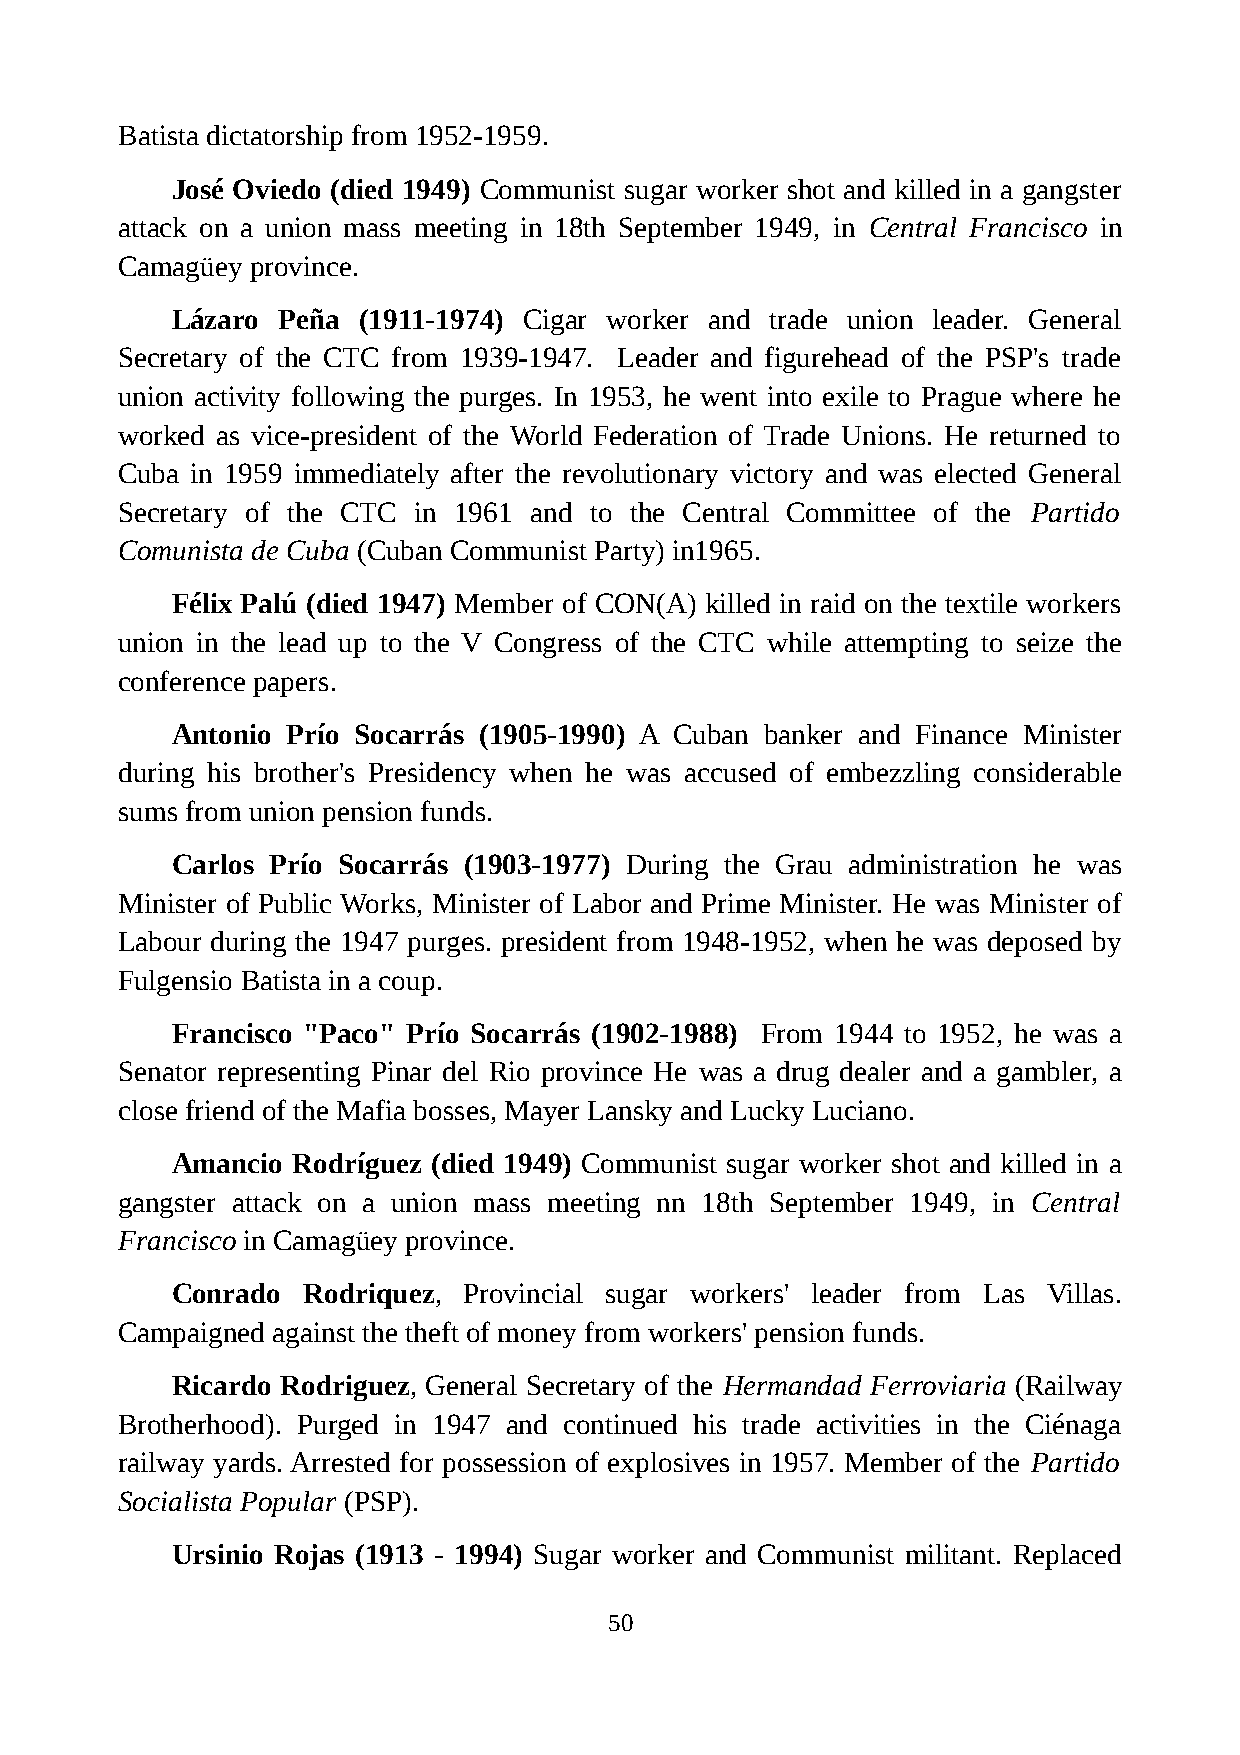
Batista dictatorship from 1952-1959.
 José Oviedo (died 1949) Communist sugar worker shot and killed in a gangster
 attack on a union mass meeting in 18th September 1949, in Central Francisco in
 Camagüey province.
 Lázaro Peña  (1911-1974) Cigar worker and trade union leader. General
 Secretary of the CTC from 1939-1947. Leader and figurehead of the PSP's trade
 union activity following the purges. In 1953, he went into exile to Prague where he
 worked as vice-president of the World Federation of Trade Unions. He returned to
 Cuba in 1959 immediately after the revolutionary victory and was elected General
 Secretary of the CTC in 1961 and to the Central Committee of the Partido
 Comunista de Cuba (Cuban Communist Party) in1965.
 Félix Palú (died 1947) Member of CON(A) killed in raid on the textile workers
 union in the lead up to the V Congress of the CTC while attempting to seize the
 conference papers.
 Antonio Prío Socarrás (1905-1990) A Cuban banker and Finance Minister
 during his brother's Presidency when he was accused of embezzling considerable
 sums from union pension funds.
 Carlos Prío Socarrás (1903-1977) During the Grau administration he was
 Minister of Public Works, Minister of Labor and Prime Minister. He was Minister of
 Labour during the 1947 purges. president from 1948-1952, when he was deposed by
 Fulgensio Batista in a coup.
 Francisco "Paco" Prío Socarrás (1902-1988) From 1944 to 1952, he was a
 Senator representing Pinar del Rio province He was a drug dealer and a gambler, a
 close friend of the Mafia bosses, Mayer Lansky and Lucky Luciano.
 Amancio Rodríguez (died 1949) Communist sugar worker shot and killed in a
 gangster attack on a union mass meeting nn 18th September 1949, in Central
 Francisco in Camagüey province.
 Conrado  Rodriquez, Provincial sugar workers' leader from Las Villas.
 Campaigned against the theft of money from workers' pension funds.
 Ricardo Rodriguez, General Secretary of the Hermandad Ferroviaria (Railway
 Brotherhood). Purged in 1947 and continued his trade activities in the Ciénaga
 railway yards. Arrested for possession of explosives in 1957. Member of the Partido
 Socialista Popular (PSP).
 Ursinio Rojas (1913 - 1994) Sugar worker and Communist militant. Replaced
 50